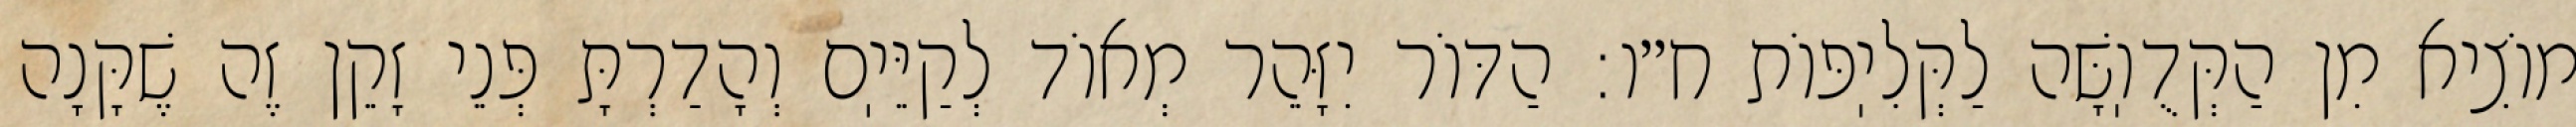
מוֹצִיא מִן הַקְּדֻוֽשָּׁה לַקְּלִיֽפּוֹת ח״ו: הַדּוֹר יִזָּהֵר מְאוֹד לְקַיֵּיֽם וְהָדַרְתָּ פְּנֵי זָקֵן זֶה שֶׁקָּנָה